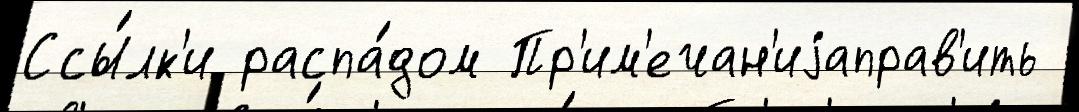
Ссы́лк'и распа́дом Пр'им'ечан'иjаправ'ить